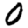
Digit: 0